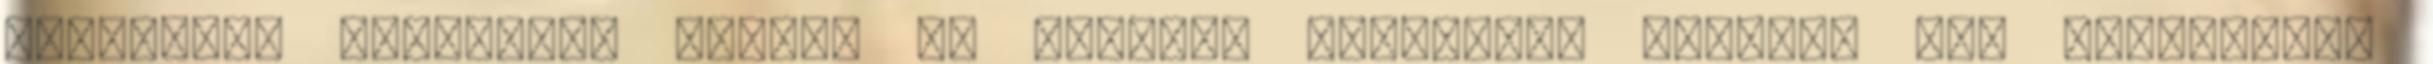
ládájában lehessen. Jancsi és Juliska sztoriján tényleg nem csavartak,